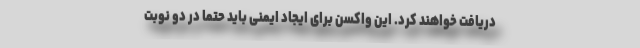
دریافت خواهند کرد. این واکسن برای ایجاد ایمنی باید حتما در دو نوبت